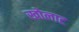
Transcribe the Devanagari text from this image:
खोलाट